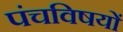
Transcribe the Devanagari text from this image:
पंचविषयों